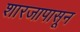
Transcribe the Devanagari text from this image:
शारजापासून